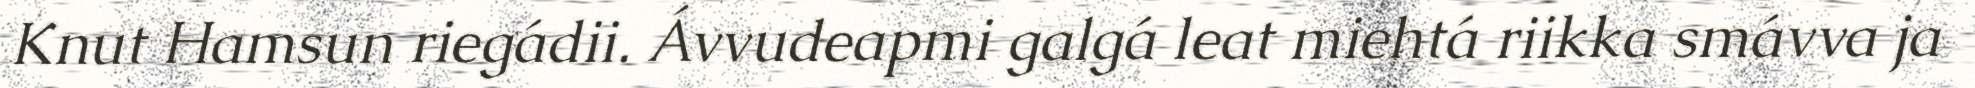
Knut Hamsun riegádii. Ávvudeapmi galgá leat miehtá riikka smávva ja